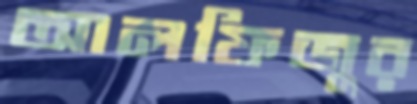
আলফিজুর